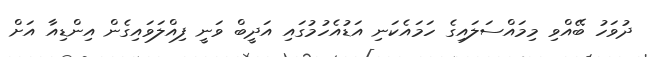
ދުވަހު ބޭއްވި މިމައްސަލައިގެ ހަަމައެކަނި އަޑުއެހުމުގައި އަދީބް ވަނީ ފިއްލަވައިގެން އިންޑިއާ އަށް